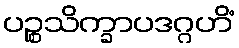
ပဉ္စသိက္ခာပဒဂ္ဂဟိံ